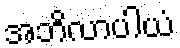
အဘိလာပါယံ